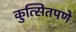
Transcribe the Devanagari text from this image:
कुत्सितपणे